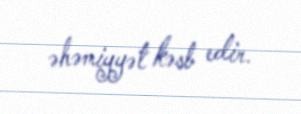
əhəmiyyət kəsb edir.